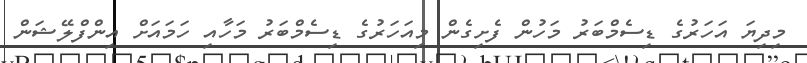
މިދިޔަ އަހަރުގެ ޑިސެމްބަރު މަހުން ފެށިގެން މިއަހަރުގެ ޑިސެމްބަރު މަހާއި ހަމައަށް އިންފްލޭޝަން